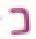
כ